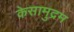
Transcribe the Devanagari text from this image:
केसामुद्रम